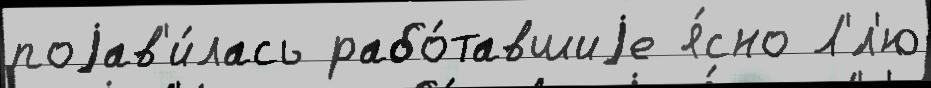
поjав'и́лась рабо́тавшиjе я́сно Л'́л'ю